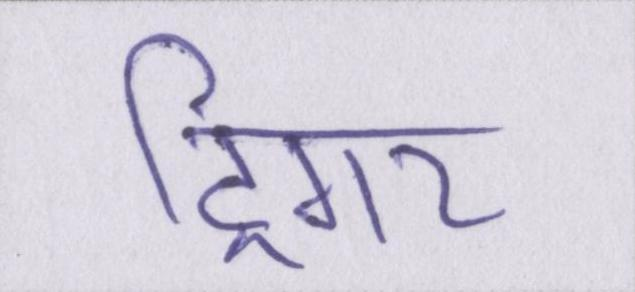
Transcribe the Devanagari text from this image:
ट्रिगर